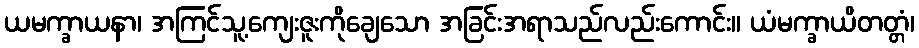
ယမက္ခာယနာ၊ အကြင်သူ့ကျေးဇူးကိုချေသော အခြင်းအရာသည်လည်းကောင်း။ ယံမက္ခာယိတတ္တံ၊